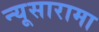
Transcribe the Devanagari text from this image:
न्यूसारामा